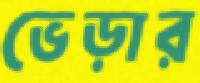
ভেড়ার